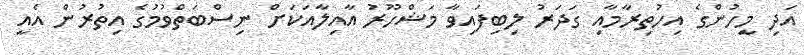
އަދި މީހުންގެ އިހުތިރާމާއި ގަދަރު ލިބިފައިވާ މަޝްހޫރު އާއިލާއަކަށް ނިސްބަތްވުމުގެ އިތުރުން އެއީ